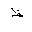
Letter: _za